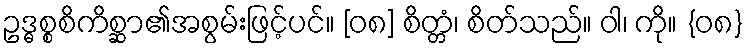
ဥဒ္ဓစ္စစိကိစ္ဆာ၏အစွမ်းဖြင့်ပင်။ [၀၈] စိတ္တံ၊ စိတ်သည်။ ဝါ၊ ကို။ {၀၈}